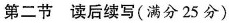
第二节 读后续写(满分 25分)